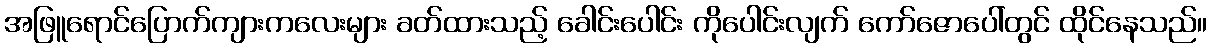
အဖြူရောင်ပြောက်ကျားကလေးများ ခတ်ထားသည့် ခေါင်းပေါင်း ကိုပေါင်းလျက် ကော်ဇောပေါ်တွင် ထိုင်နေသည်။